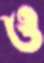
ও